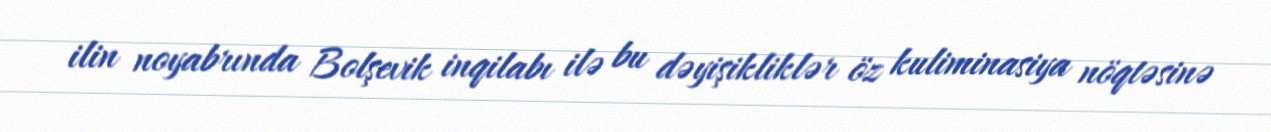
ilin noyabrında Bolşevik inqilabı ilə bu dəyişikliklər öz kuliminasiya nöqtəsinə